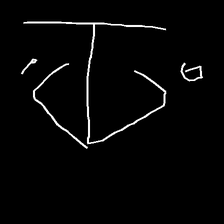
Glyph: earth